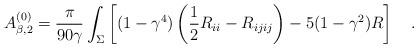
LaTeX: \begin{align*}A^{(0)}_{\beta,2}={\pi \over 90\gamma}\int_{\Sigma}\left[(1-\gamma^4)\left(\frac 12R_{ii}-R_{ijij}\right)-5(1-\gamma^2)R\right]~~~.\end{align*}